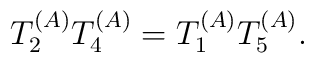
T_2^{(A)}T_4^{(A)} = T_1^{(A)} T_5^{(A)}.